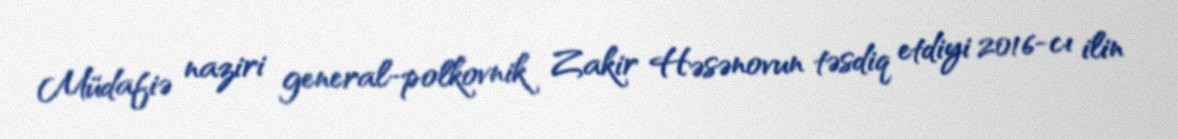
Müdafiə naziri general-polkovnik Zakir Həsənovun təsdiq etdiyi 2016-cı ilin